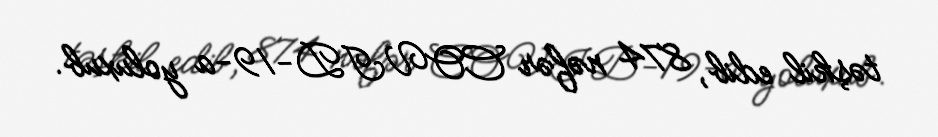
təşkil edib, 874 nəfər COVID-19-a yoluxub.